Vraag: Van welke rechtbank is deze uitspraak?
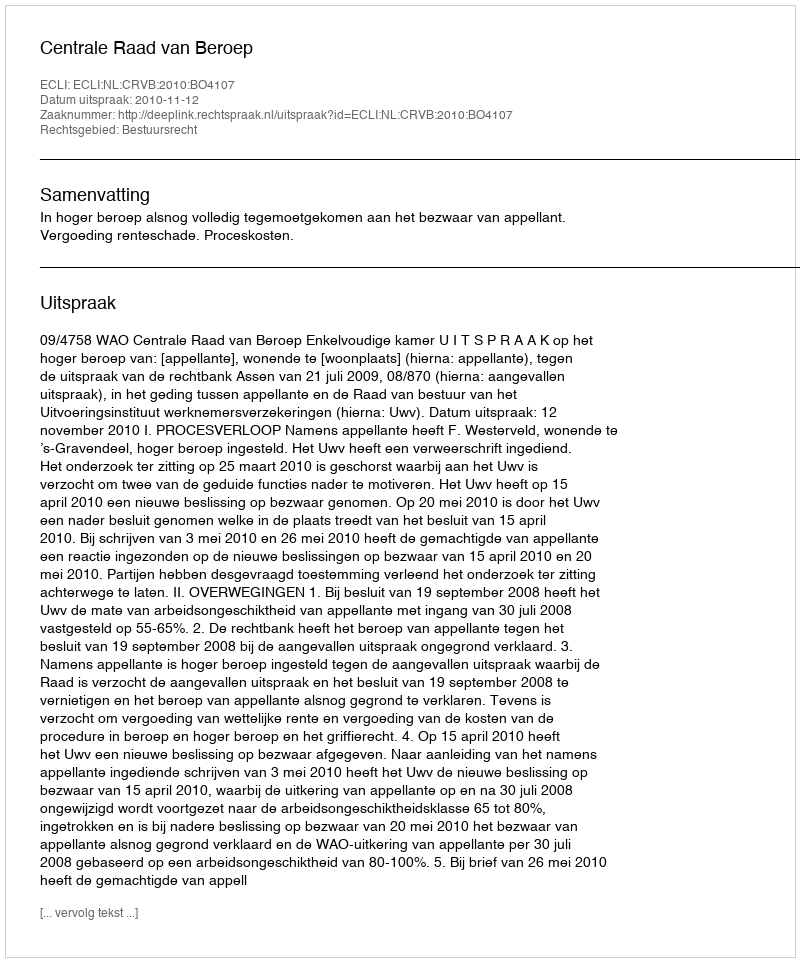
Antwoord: Centrale Raad van Beroep